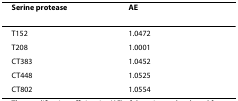
| Serine protease | AE |
 | --- | --- |
 | T152 | 1.0472 |
 | T208 | 1.0001 |
 | CT383 | 1.0452 |
 | CT448 | 1.0525 |
 | CT802 | 1.0554 |